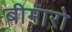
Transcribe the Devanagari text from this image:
बीमारो